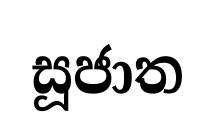
සූජාත